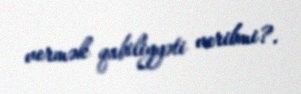
vermək qabiliyyəti veribmi?.